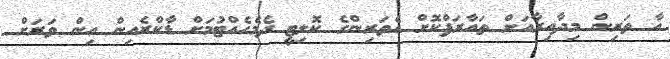
އާ ތަރިން މިދާއިރާއަށް ތައާރަފްކޮށް އެތަރިންގެ ކޮލިޓީ ދެމެހެއްޓުމަށް ޑާކްރެއިން އިން ވަރަށް